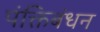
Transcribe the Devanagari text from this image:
पंक्तिबंधन